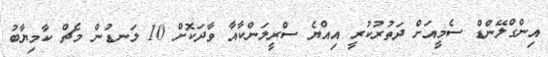
އިންގްލޭންޑް ސެމީއަށް ދަތުރުކުރީ އިއްޔެ ސްރީލަންކާއާ ވާދަކޮށް 10 ލަނޑުން މެޗް ކާމިޔާބު